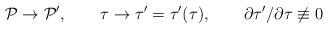
LaTeX: \begin{align*}{\cal P}\rightarrow {\cal P}^{\prime },\qquad \tau \rightarrow \tau ^{\prime}=\tau ^{\prime }(\tau ),\qquad \partial \tau ^{\prime }/\partial \tau\not\equiv 0 \end{align*}